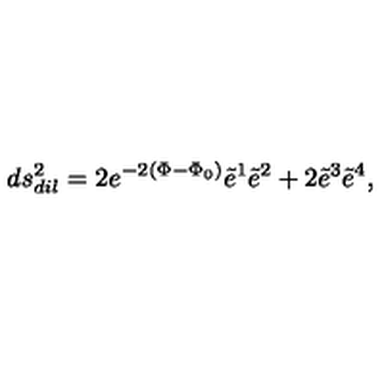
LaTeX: d s _ { d i l } ^ { 2 } = 2 e ^ { - 2 ( \Phi - { \Phi } _ { 0 } ) } { \tilde { e } } ^ { 1 } { \tilde { e } } ^ { 2 } + 2 { \tilde { e } } ^ { 3 } { \tilde { e } } ^ { 4 } ,